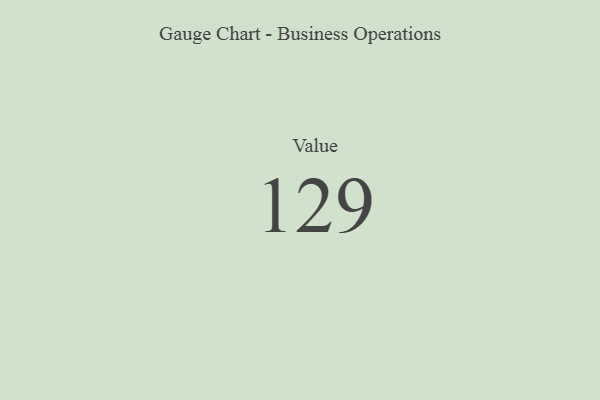
{"axis": {"x": "Metric", "y": "Value"}, "legend": [""], "data": [{"x": "Value", "y": 129, "type": ""}]}